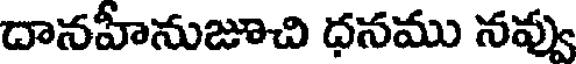
దానహీనుజూచి ధనము నవ్వు